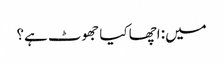
میں: اچھا کیا جھوٹ ہے؟